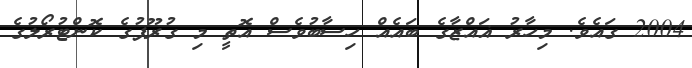
2004 ގައެވެ. މިހާރު ޣައްޒާގެ ބައެއް ހިސާބުވެސް އޮތީ މި ގުރޫޕުގެ ކޮންޓުރޯލުގެ